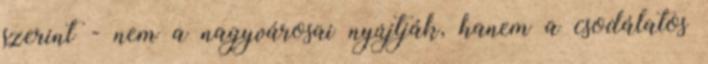
szerint - nem a nagyvárosai nyújtják, hanem a csodálatos